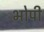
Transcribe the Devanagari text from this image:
भोपी